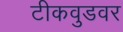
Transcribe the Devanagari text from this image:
टीकवुडवर